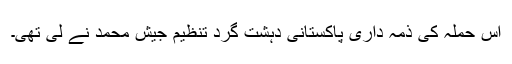
اس حملہ کی ذمہ داری پاکستانی دہشت گرد تنظیم جیش محمد نے لی تھی۔